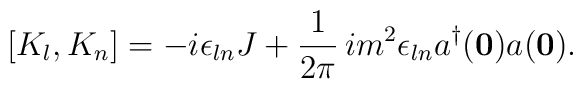
[K_l,K_n] = -i\epsilon_{ln}J + \frac{1}{2\pi}\,im^2\epsilon_{ln}a^\dagger({\bf0})a({\bf 0}).